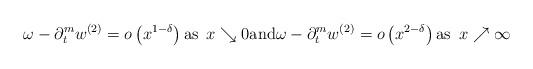
LaTeX: \begin{align*}\omega - \partial_t^m w^{(2)} = o\left(x^{1-\delta}\right) \mbox{as } \, x \searrow 0 \mbox{and} \omega - \partial_t^m w^{(2)} = o\left(x^{2-\delta}\right) \mbox{as } \, x \nearrow \infty\end{align*}